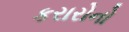
કરારોનો